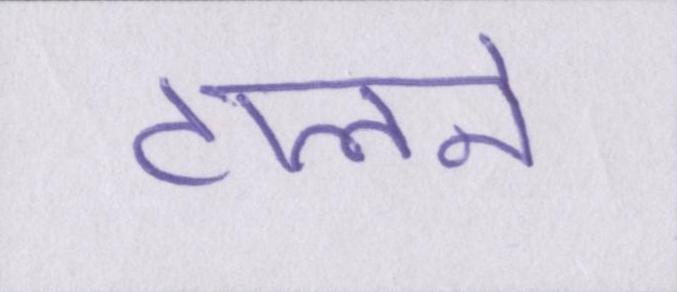
टालने